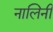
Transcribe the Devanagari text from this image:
नालिनी